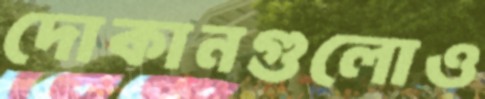
দোকানগুলোও